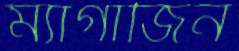
ম্যাগাজিন